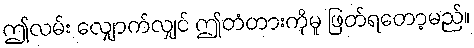
ဤလမ်း လျှောက်လျှင် ဤတံတားကိုမူ ဖြတ်ရတော့မည်။